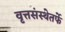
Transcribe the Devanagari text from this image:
वृत्तसंस्थेतर्फे